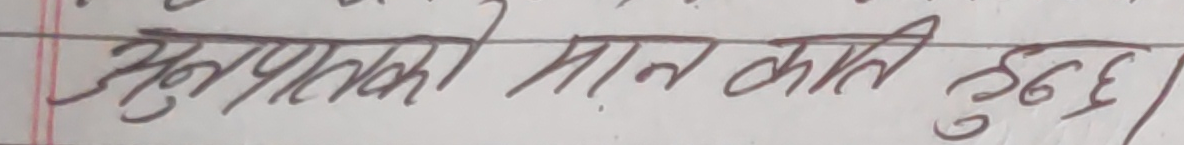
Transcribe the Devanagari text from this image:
अनुपातको मान कति हुन्छ ।